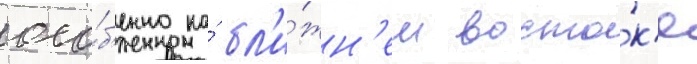
осо́б'енно на́ бл'и́жн'ем восто́к'е